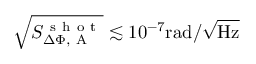
\sqrt { S _ { \Delta \Phi , \mathrm { ~ A ~ } } ^ { \mathrm { ~ s ~ h ~ o ~ t ~ } } } \lesssim 1 0 ^ { - 7 } \mathrm { r a d / \sqrt \mathrm { H z } }